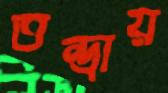
তন্দ্রায়